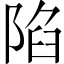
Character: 陷